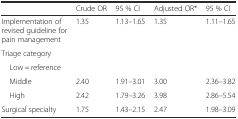
|  | Crude OR | 95 % CI | Adjusted OR* | 95 % CI |
 | --- | --- | --- | --- | --- |
 | Implementation of revised guideline for pain management | 1.35 | 1.13–1.65 | 1.35 | 1.11–1.65 |
 | <COLSPAN=5> Triage category |
 | Low = reference |  |  |  |  |
 | Middle | 2.40 | 1.91–3.01 | 3.00 | 2.36–3.82 |
 | High | 2.42 | 1.79–3.26 | 3.98 | 2.86–5.54 |
 | Surgical specialty | 1.75 | 1.43–2.15 | 2.47 | 1.98–3.09 |